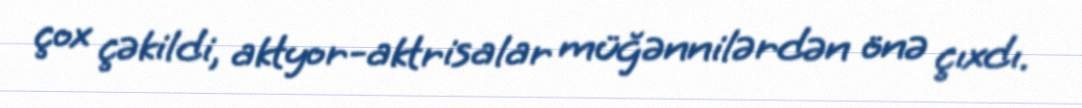
çox çəkildi, aktyor-aktrisalar müğənnilərdən önə çıxdı.